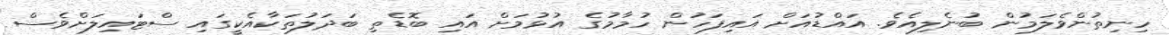
ހިނިތުންވެލަމުން ބުނެލިއެވެ. އައްޑުއަށް އައިފަހުން ހުމާމުގެ އުޅުމަށް އައި ބޮޑެތި ބަދަލުތަކާއެކީގައި ސްޓައިލަށްވެސް